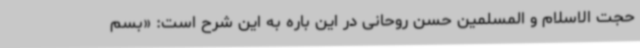
حجت الاسلام و المسلمین حسن روحانی در این باره به این شرح است: «بسم